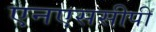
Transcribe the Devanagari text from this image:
एनएससीपी